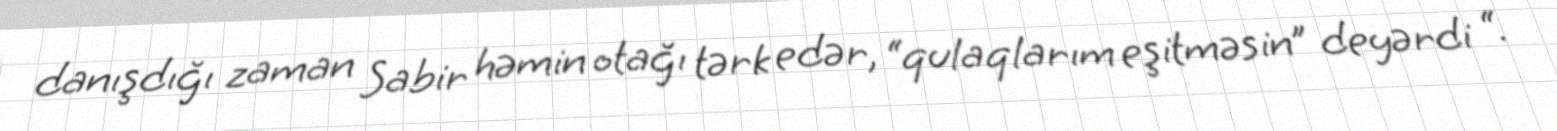
danışdığı zaman Sabir həmin otağı tərk edər, “qulaqlarım eşitməsin” deyərdi “.